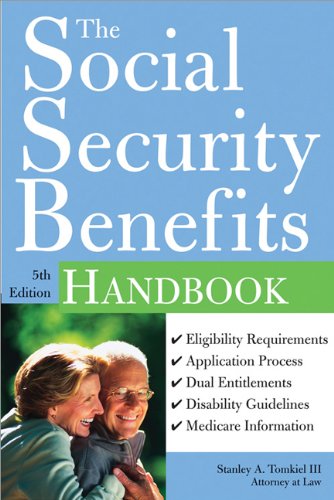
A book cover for The Social Security Benefits Handbook; Stanley Tomkiel III; Law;